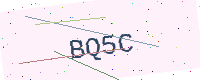
Text: BQ5C